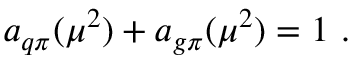
a _ { q \pi } ( \mu ^ { 2 } ) + a _ { g \pi } ( \mu ^ { 2 } ) = 1 \mathrm { \ . }